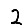
Digit: 2